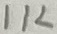
Text: 1K